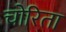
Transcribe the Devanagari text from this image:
चोरिता